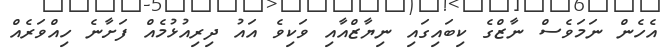
އެހެން ނަމަވެސް ނާޒްގެ ކިބައިގައި ނިޔާޒްއާއި ވަކިވެ އައު ދިރިއުޅުމެއް ފަށާނެ ހިއްވަރެއް